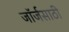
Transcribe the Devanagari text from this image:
जॉर्जसाठी